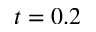
t = 0 . 2